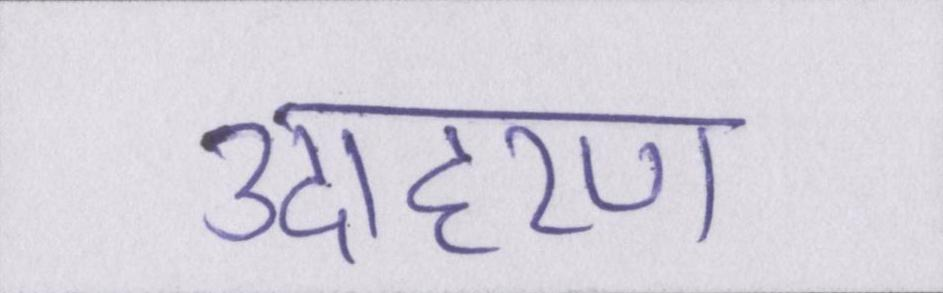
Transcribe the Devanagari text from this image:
उदाहरण